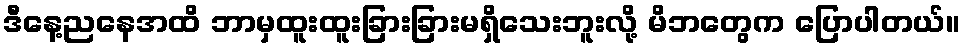
ဒီနေ့ညနေအထိ ဘာမှထူးထူးခြားခြားမရှိသေးဘူးလို့ မိဘတွေက ပြောပါတယ်။